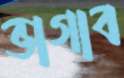
ভাগাব